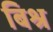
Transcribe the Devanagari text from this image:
बिश्र